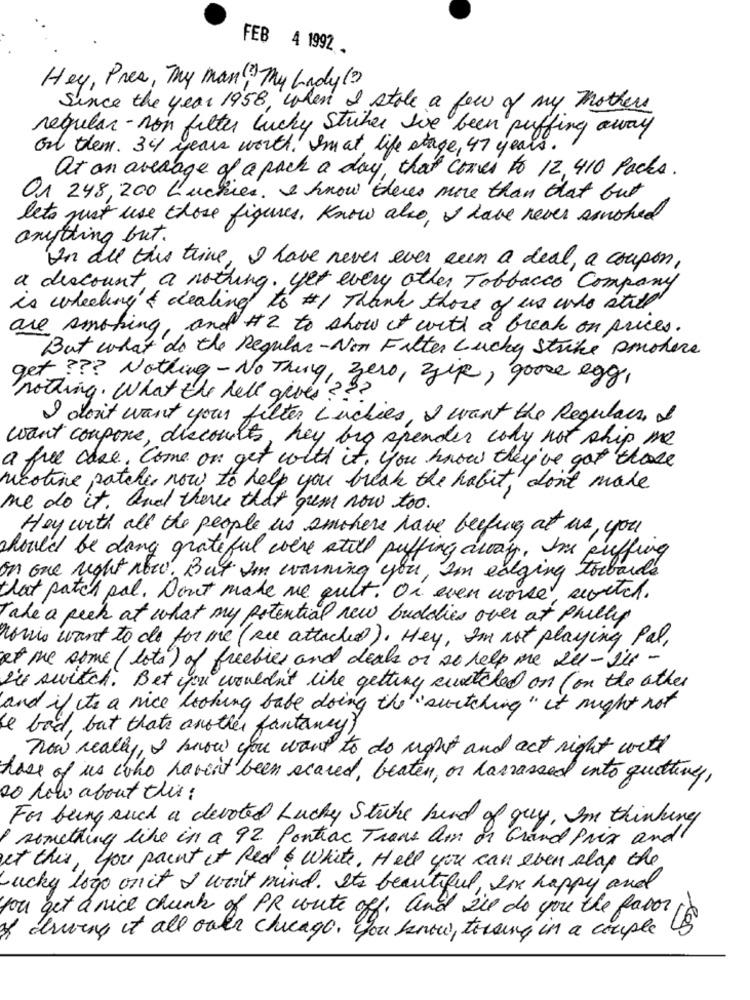
FEB 4 1992 .
Hey, Pres, Thy man, My Lady (?)
Since the year 1958, when I stole a few of my Mothers
regular - non filter lucky Stücher sie been puffing away
Gul them. 34 years worth. Im at life stage, 47 years.
at an average of a pack a day, that comes to 12, 410 Packs.
O1 248, 200 Luchies. I know there's more than that but
lets just use those figures. Know also, I have never smoked
anything but.
In all this trine, I have never ever sen a deal, a coupon,
a discount a nothing. yet every other Tobbacco Company
is wheeling & dealing to #1 Thank those of us who still
are smoking, and #2 to show it with a break on prices.
But what do the Regular- Non Filter Lucky Strike smohere
get ??? Nothing - No Thing, zero, zip, goose egg,
nothing. What the hell gives ???
I don't want your filter, cerchies, I want the Regulace &
want coupone, discounts, hey big spender coly not ship me
a free case. Come on get with it, you know they've got those
neotive patches now to help you break the habit, don't make
me do it, and theres that gum now too.
Hey with all the people us smokers have beefing at us, you
should be dang grateful were still puffing away, Ins puffing
on one right now. But I'm warning you, I'm ealging towards
that patch pal. Don't make me gult. Or even worse, switch.
Take a peek at what my potential new buddies over at philly
nowis want to do for me (see attached). Hey, I'm not playing Pal,
at me some (lots) of freebies and deals on so help me Le-sil -
i've switch. Bet you wouldn't like getting switched on ( on the other
and if to a nice looking babe doing the "switching" it might not
be bad, but thats another fantancy)
now really, I know you want to do right and act night with
hase of us who haven't been scared, beaten, or harrassed into quitting,
co low about this:
For being such a devoted Lucky Strike kind of guy, I'm thinking
I something like in a 92 Pontiac Trans am on Grand Prix and
at this, you paint it Red white, Hell you can even alap the
Lucky logo on it I won't mind. It's beautiful, son happy and
you get a nice chunk of PR write off, and zie do you the favor
of driving it all over chicago, You know, tossing in a couple US